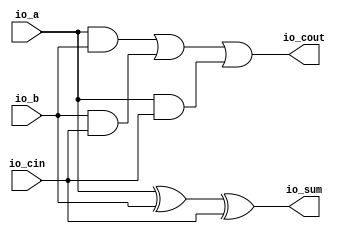
module FullAdder(
    input  io_a,
    input  io_b,
    input  io_cin,
    output io_sum,
    output io_cout
);

  wire T0;
  wire a_and_cin;
  wire T1;
  wire b_and_cin;
  wire a_and_b;
  wire T2;
  wire a_xor_b;


  assign io_cout = T0;
  assign T0 = T1 | a_and_cin;
  assign a_and_cin = io_a & io_cin;
  assign T1 = a_and_b | b_and_cin;
  assign b_and_cin = io_b & io_cin;
  assign a_and_b = io_a & io_b;
  assign io_sum = T2;
  assign T2 = a_xor_b ^ io_cin;
  assign a_xor_b = io_a ^ io_b;
endmodule